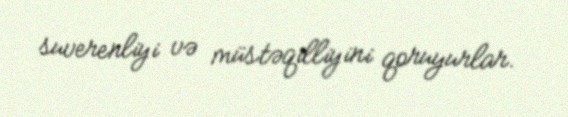
suverenliyi və müstəqilliyini qoruyurlar.